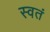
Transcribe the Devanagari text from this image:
स्वतं